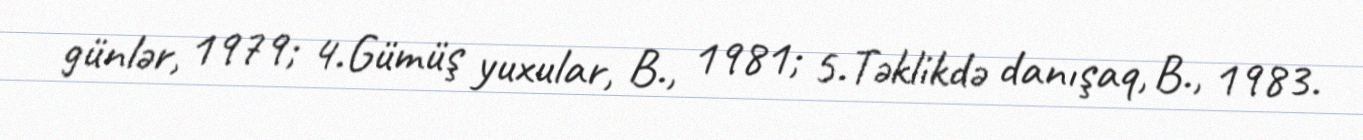
günlər, 1979; 4.Gümüş yuxular, B., 1981; 5.Təklikdə danışaq, B., 1983.